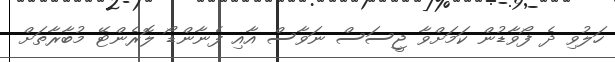
ހަލުވި ދެ ފޯވާޑުން ކަމަށްވާ ޖީސަސް ނަވާސް އާއި ފެނާންޑޯ ލޮރެންޓޭ މުބާރާތަށް